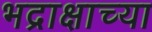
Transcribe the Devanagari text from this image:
भद्राक्षाच्या